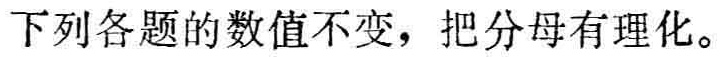
下列各题的数值不变，把分母有理化。